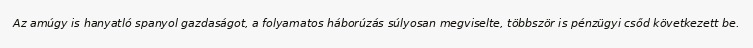
Az amúgy is hanyatló spanyol gazdaságot, a folyamatos háborúzás súlyosan megviselte, többször is pénzügyi csőd következett be.